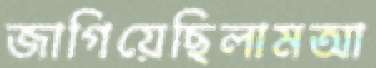
জাগিয়েছিলামআ